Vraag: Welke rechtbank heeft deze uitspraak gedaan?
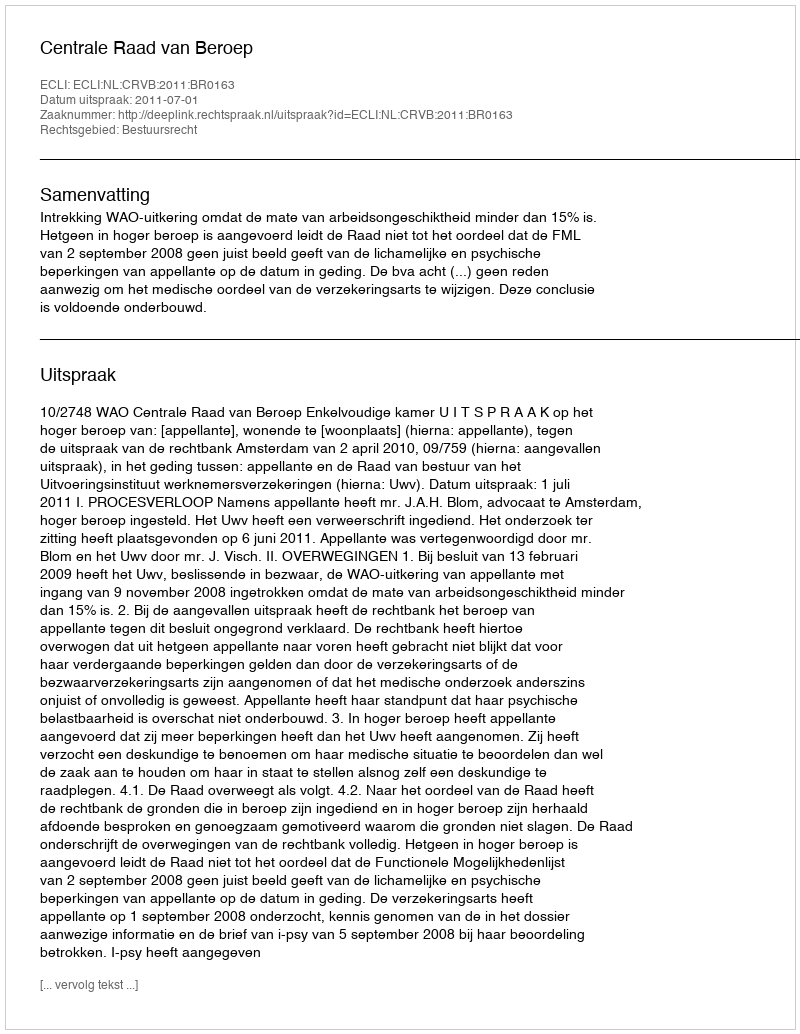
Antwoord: Centrale Raad van Beroep